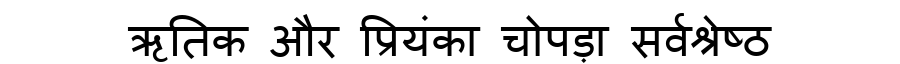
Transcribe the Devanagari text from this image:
ऋतिक और प्रियंका चोपड़ा सर्वश्रेष्ठ